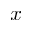
x